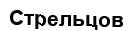
Стрельцов